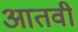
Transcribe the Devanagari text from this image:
आतवी